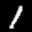
Label: 1